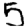
Digit: 5